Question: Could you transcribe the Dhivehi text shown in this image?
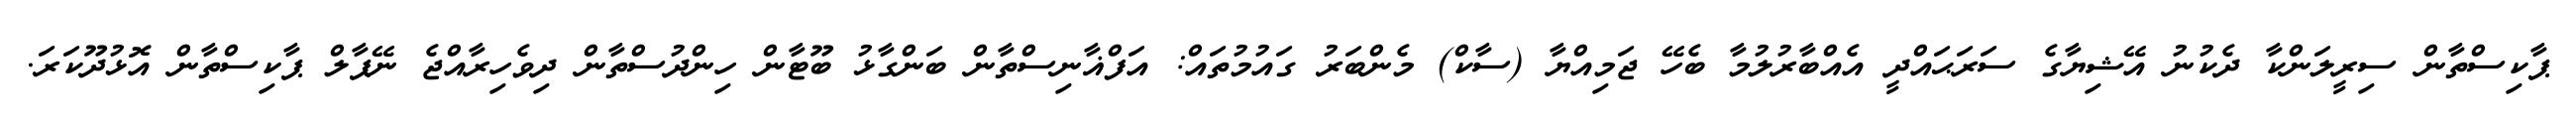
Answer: ޕާކިސްތާން ސިރީލަންކާ ދެކުނު އޭޝިޔާގެ ސަރަޙައްދީ އެއްބާރުލުމާ ބެހޭ ޖަމިއްޔާ (ސާކް) މެންބަރު ގައުމުތައް: އަފްޣާނިސްތާން ބަންގާޅު ބޫޓާން ހިންދުސްތާން ދިވެހިރާއްޖެ ނޭޕާލް ޕާކިސްތާން އޮޅުދޫކަރަ.